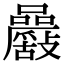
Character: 𡅾